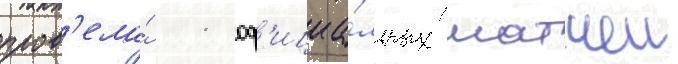
пров'ела́ 11 оф'ициа́льных матчеи